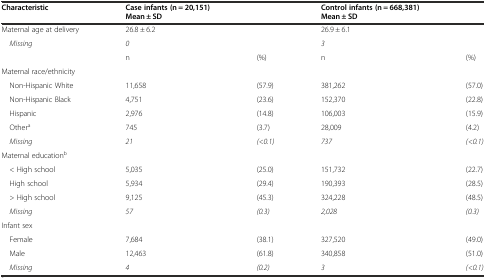
<table><thead><tr><td><b>Characteristic</b></td><td><b>Case infants (n = 20,151) Mean ± SD</b></td><td></td><td><b>Control infants (n = 668,381) Mean ± SD</b></td><td></td></tr></thead><tbody><tr><td>Maternal age at delivery</td><td>26.8 ± 6.2</td><td></td><td>26.9 ± 6.1</td><td></td></tr><tr><td> <i>Missing</i></td><td><i>0</i></td><td></td><td><i>3</i></td><td></td></tr><tr><td></td><td>n</td><td>(%)</td><td>n</td><td>(%)</td></tr><tr><td>Maternal race/ethnicity</td><td></td><td></td><td></td><td></td></tr><tr><td> Non-Hispanic White</td><td>11,658</td><td>(57.9)</td><td>381,262</td><td>(57.0)</td></tr><tr><td> Non-Hispanic Black</td><td>4,751</td><td>(23.6)</td><td>152,370</td><td>(22.8)</td></tr><tr><td> Hispanic</td><td>2,976</td><td>(14.8)</td><td>106,003</td><td>(15.9)</td></tr><tr><td> Other<sup>a</sup></td><td>745</td><td>(3.7)</td><td>28,009</td><td>(4.2)</td></tr><tr><td> <i>Missing</i></td><td><i>21</i></td><td><i>(&lt;0.1)</i></td><td><i>737</i></td><td><i>(&lt;0.1)</i></td></tr><tr><td>Maternal education<sup>b</sup></td><td></td><td></td><td></td><td></td></tr><tr><td> &lt; High school</td><td>5,035</td><td>(25.0)</td><td>151,732</td><td>(22.7)</td></tr><tr><td> High school</td><td>5,934</td><td>(29.4)</td><td>190,393</td><td>(28.5)</td></tr><tr><td> &gt; High school</td><td>9,125</td><td>(45.3)</td><td>324,228</td><td>(48.5)</td></tr><tr><td> <i>Missing</i></td><td><i>57</i></td><td><i>(0.3)</i></td><td><i>2,028</i></td><td><i>(0.3)</i></td></tr><tr><td>Infant sex</td><td></td><td></td><td></td><td></td></tr><tr><td> Female</td><td>7,684</td><td>(38.1)</td><td>327,520</td><td>(49.0)</td></tr><tr><td> Male</td><td>12,463</td><td>(61.8)</td><td>340,858</td><td>(51.0)</td></tr><tr><td> <i>Missing</i></td><td><i>4</i></td><td><i>(0.2)</i></td><td><i>3</i></td><td><i>(&lt;0.1)</i></td></tr></tbody></table>